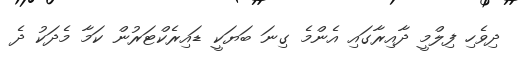
ދިވެހި ފިލްމީ ދާއިރާގައި އެންމެ ގިނަ ބަޔަކީ ޑައިރެކްޓަރުން ކަމާ މެދަކު ދެ